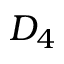
D _ { 4 }